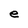
Character: e